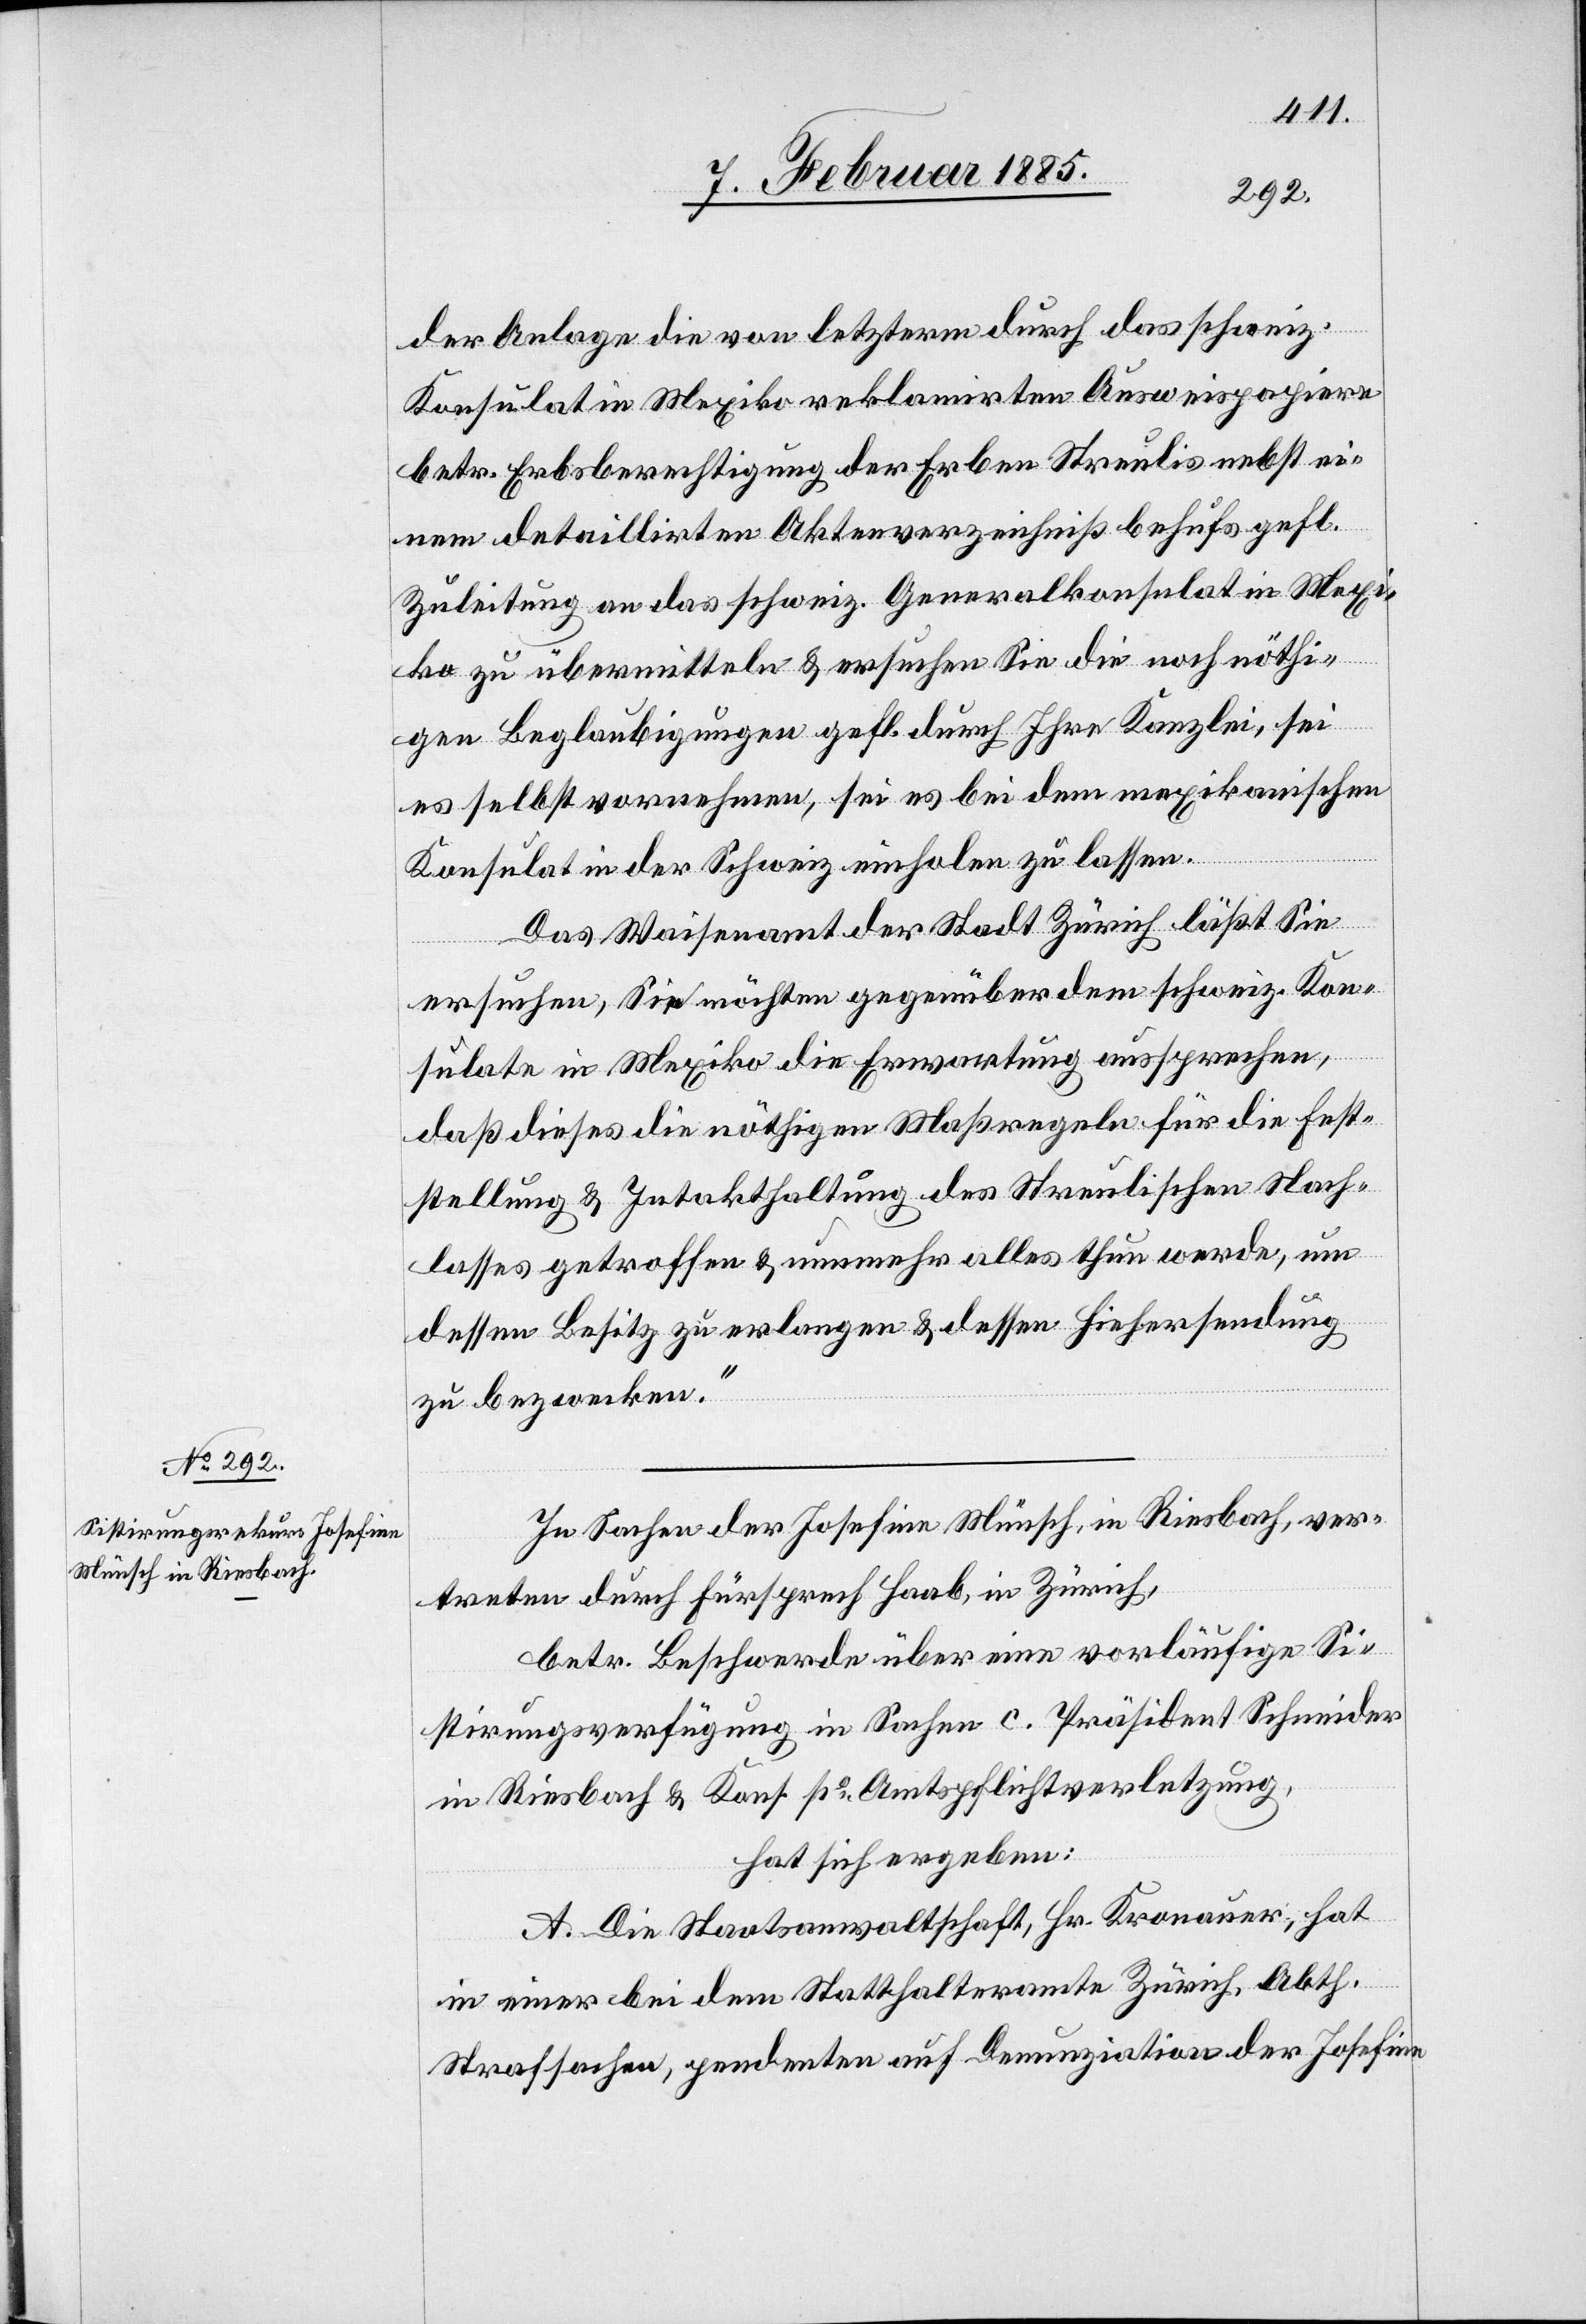
der Anlage die von letzterm durch das schweiz.
Konsulat in Mexiko reklamirten Ausweispapiere
betr. Erbsberechtigung der Erben Steulis nebst ei¬
nem detaillirten Aktenverzeichniß behufs gefl.
Zuleitung an das schweiz. Generalkonsulat in Mexi¬
ko zu übermitteln & ersuchen Sie die noch nöthi¬
gen Beglaubigungen gefl. durch Ihre Kanzlei, sei
es selbst vornehmen, sei es bei dem mexikanischen
Konsulat in der Schweiz einholen zu lassen.
Das Waisenamt der Stadt Zürich läßt Sie
ersuchen, Sie möchten gegenüber dem schweiz. Kon¬
sulate in Mexiko die Erwartung aussprechen,
daß dieses die nöthigen Maßregeln für die Fest¬
stellung & Intakthaltung des Steulischen Nach¬
lasses getroffen & nunmehr alles thun werde, um
dessen Besitz zu erlangen & dessen Hiehersendung
zu bezwecken.“
In Sachen der Josefine Münsch, in Riesbach, ver¬
treten durch Fürsprech Haab, in Zürich,
betr. Beschwerde über eine vorläufige Si¬
stirungsverfügung in Sachen c. Präsident Schneider
in Riesbach & Kons. po Amtspflichtverletzung,
hat sich ergeben:
A. Die Staatsanwaltschaft, Hr. Kronauer, hat
in einer bei dem Statthalteramte Zürich, Abth.
Strafsachen, pendenten auf Denunziation der Josefine